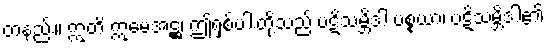
တနည်း။ ဣတိ ဣမေအဋ္ဌ၊ ဤရှစ်ပါးတို့သည် ပဋိသမ္ဘိဒါ ပစ္စယာ၊ ပဋိသမ္ဘိဒါ၏